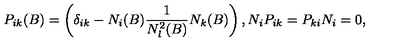
P _ { i k } ( B ) = \left( \delta _ { i k } - N _ { i } ( B ) \frac { 1 } { N _ { l } ^ { 2 } ( B ) } N _ { k } ( B ) \right) , N _ { i } P _ { i k } = P _ { k i } N _ { i } = 0 ,